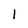
Character: 1